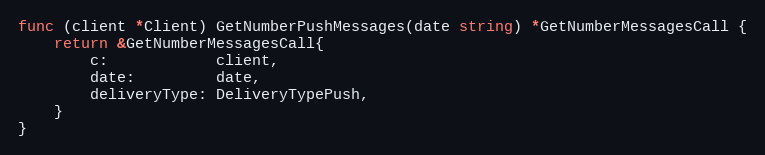
Language: Go
func (client *Client) GetNumberPushMessages(date string) *GetNumberMessagesCall {
	return &GetNumberMessagesCall{
		c:            client,
		date:         date,
		deliveryType: DeliveryTypePush,
	}
}